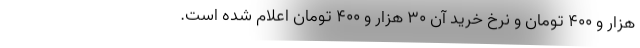
هزار و ۴۰۰ تومان و نرخ خرید آن ۳۰ هزار و ۴۰۰ تومان اعلام شده است.